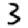
Digit: 3